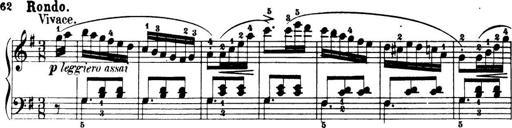
Title: 32 Sonatinas and Rondos for the Piano
Composer: Richard Kleinmichel